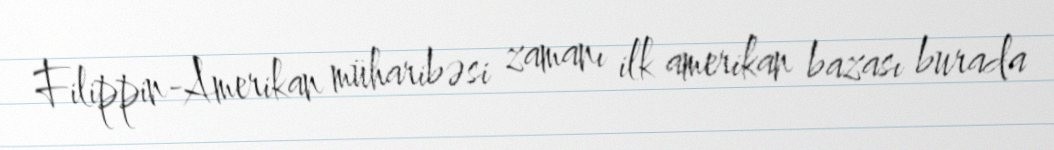
Filippin-Amerikan müharibəsi zamanı ilk amerikan bazası burada